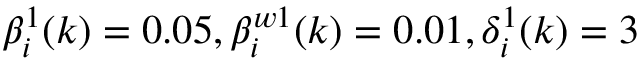
\beta _ { i } ^ { 1 } ( k ) = 0 . 0 5 , \beta _ { i } ^ { w 1 } ( k ) = 0 . 0 1 , \delta _ { i } ^ { 1 } ( k ) = 3